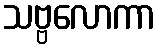
သဗ္ဗလောကာ